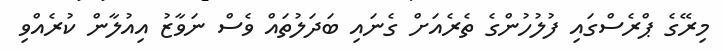
މިރޭގެ ޕްރެސްގައި ފުލުހުންގެ ތެރެއަށް ގެނައި ބަދަލުތައް ވެސް ނަވާޒު އިއުލާން ކުރެއްވި